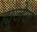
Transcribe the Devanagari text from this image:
ह्यूजेज